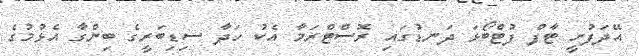
އޭދަފުށީ ޓާފް ފުޓްބޯޅަ ދަނޑުގައި ރޮސްޓްރަމާ އެކު ހަދާ ސިޑިބަރީގެ ބިންގާ އެޅުމުގެ